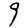
Digit: 9